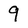
Character: 9